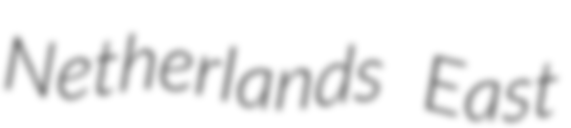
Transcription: Netherlands East